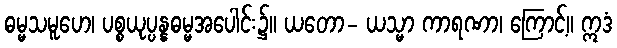
ဓမ္မသမူဟေ၊ ပစ္စယုပ္ပန္နဓမ္မအပေါင်း၌။ ယတော- ယသ္မာ ကာရဏာ၊ ကြောင့်။ ဣဒံ